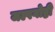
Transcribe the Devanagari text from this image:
जल्पगोष्ठी